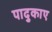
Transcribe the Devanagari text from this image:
पादुकाए